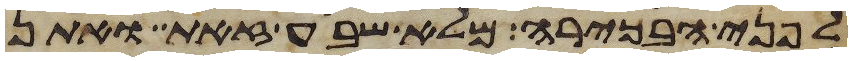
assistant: לפני הבכירה מלא שבע זאת ואתן